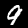
Digit: 9